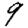
Digit: 9